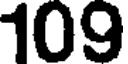
109